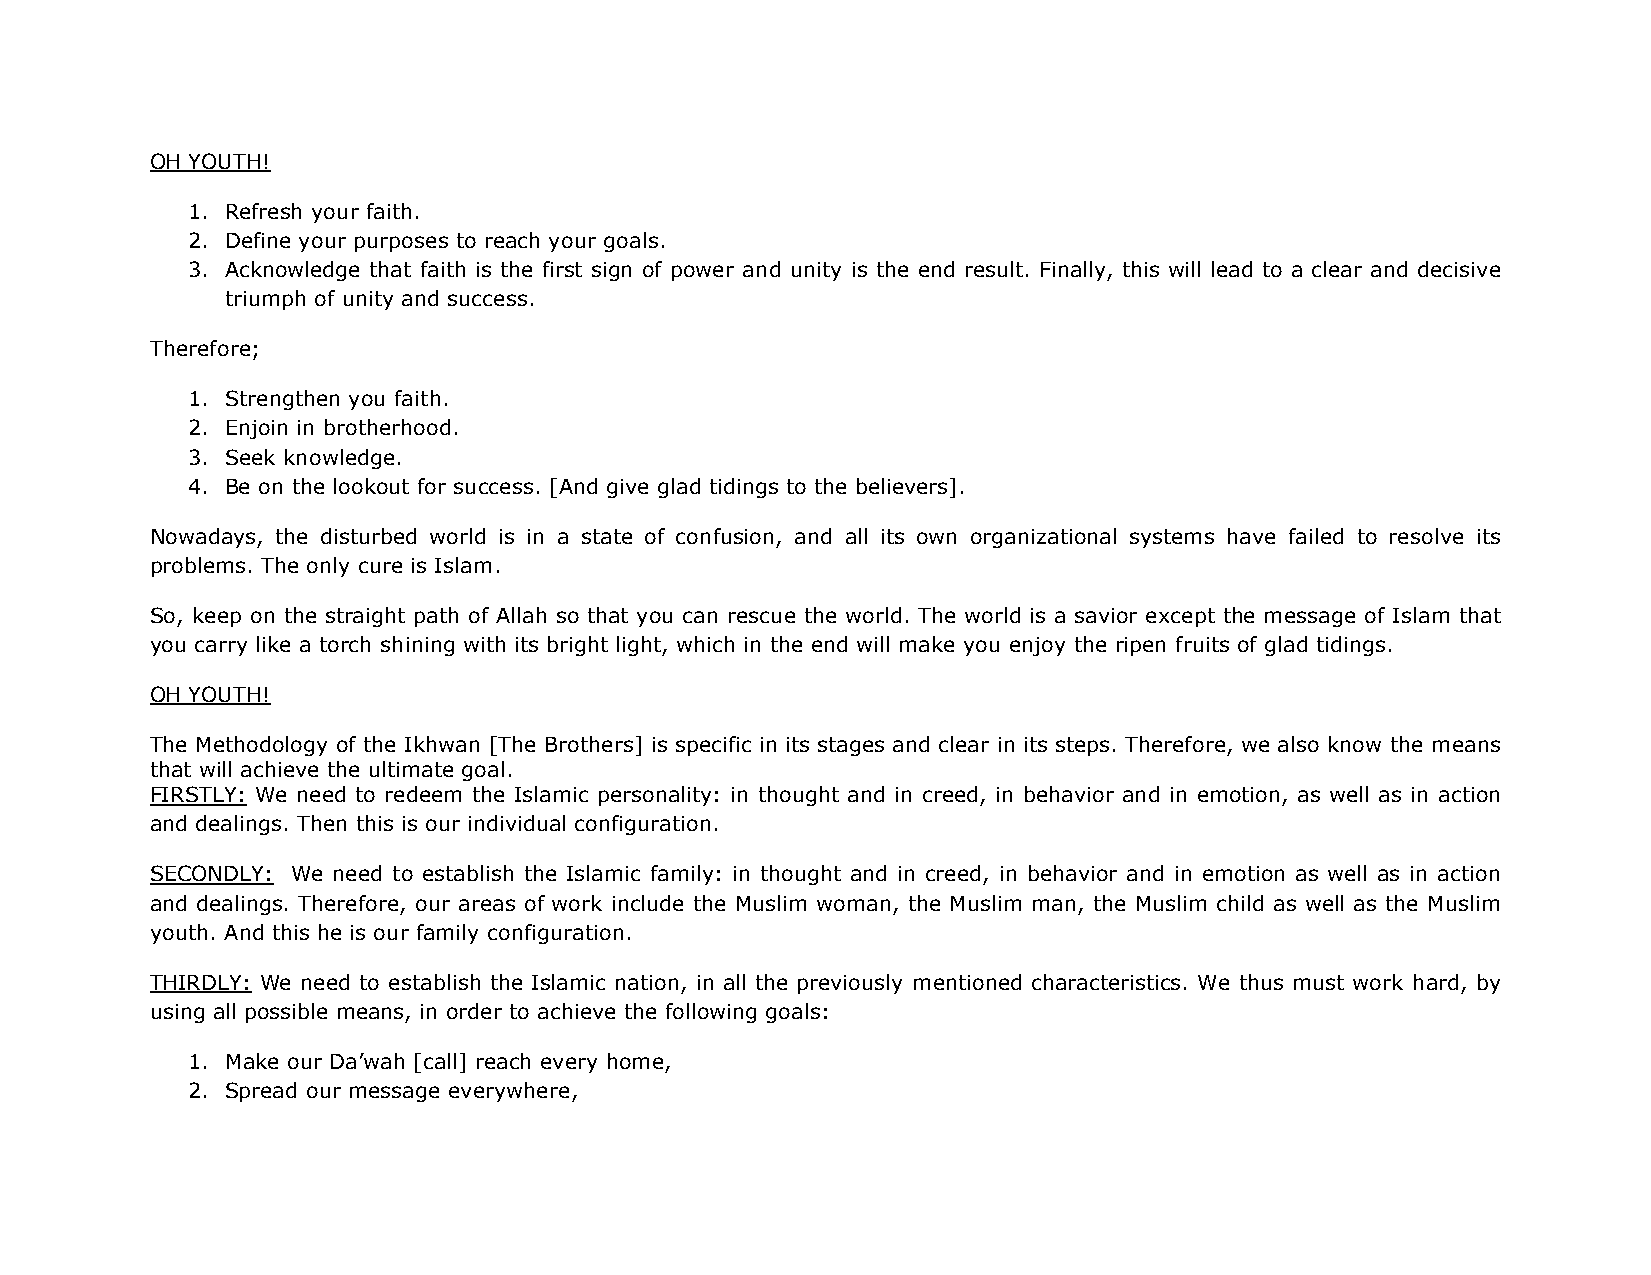
OH YOUTH!
 1. Refresh your faith.
 2. Define your purposes to reach your goals.
 3. Acknowledge that faith is the first sign of power and unity is the end result. Finally, this will lead to a clear and decisive
 triumph of unity and success.
 Therefore;
 1. Strengthen you faith.
 2. Enjoin in brotherhood.
 3. Seek knowledge.
 4. Be on the lookout for success. [And give glad tidings to the believers].
 Nowadays, the disturbed world is in a state of confusion, and all its own organizational systems have failed to resolve its
 problems. The only cure is Islam.
 So, keep on the straight path of Allah so that you can rescue the world. The world is a savior except the message of Islam that
 you carry like a torch shining with its bright light, which in the end will make you enjoy the ripen fruits of glad tidings.
 OH YOUTH!
 The Methodology of the Ikhwan [The Brothers] is specific in its stages and clear in its steps. Therefore, we also know the means
 that will achieve the ultimate goal.
 FIRSTLY: We need to redeem the Islamic personality: in thought and in creed, in behavior and in emotion, as well as in action
 and dealings. Then this is our individual configuration.
 SECONDLY: We need to establish the Islamic family: in thought and in creed, in behavior and in emotion as well as in action
 and dealings. Therefore, our areas of work include the Muslim woman, the Muslim man, the Muslim child as well as the Muslim
 youth. And this he is our family configuration.
 THIRDLY: We need to establish the Islamic nation, in all the previously mentioned characteristics. We thus must work hard, by
 using all possible means, in order to achieve the following goals:
 1. Make our Da’wah [call] reach every home,
 2. Spread our message everywhere,